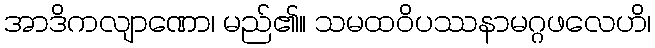
အာဒိကလျာဏော၊ မည်၏။ သမထဝိပဿနာမဂ္ဂဖလေဟိ၊